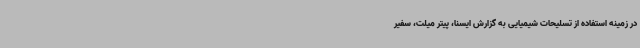
در زمینه استفاده از تسلیحات شیمیایی به گزارش ایسنا، پیتر میلت، سفیر